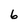
Character: 6